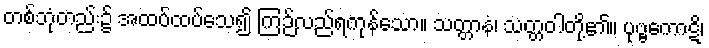
တစ်ဘုံတည်း၌ အထပ်ထပ်သေ၍ ကြဉ်လည်ရကုန်သော။ သတ္တာနံ၊ သတ္တဝါတို့၏။ ပုဗ္ဗကောဋိ၊